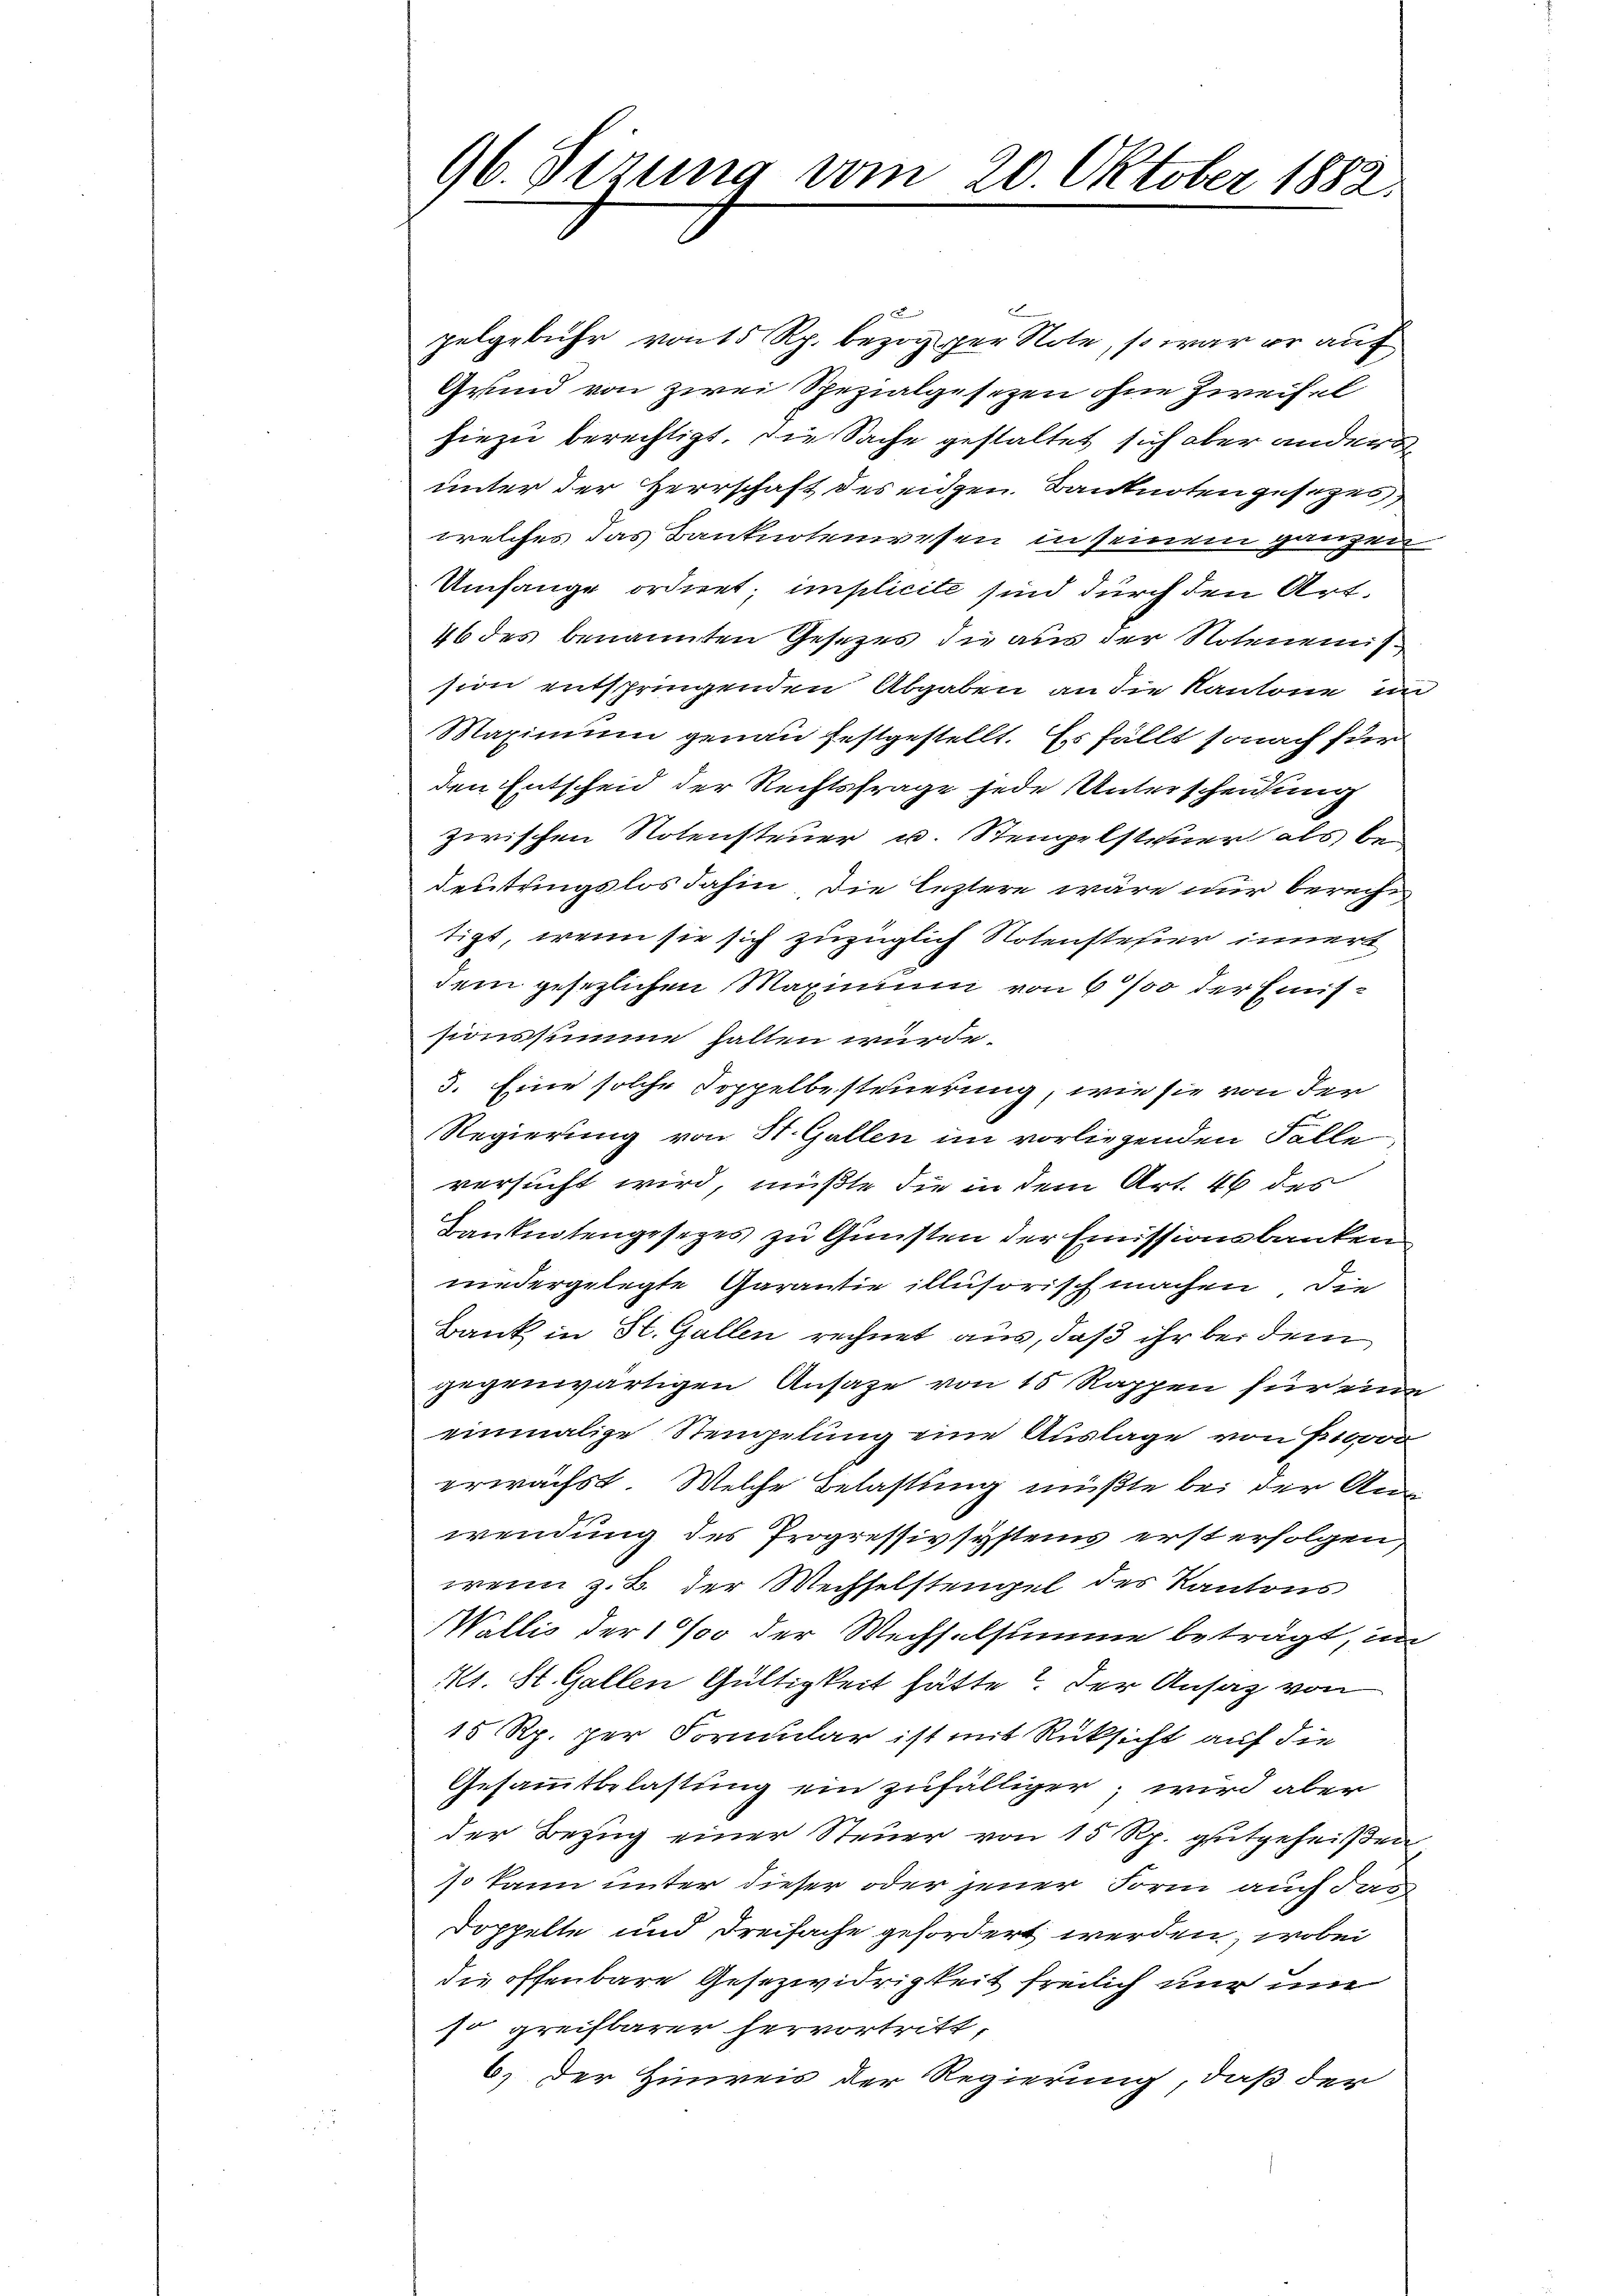
26. Sizung vom 20. Oktober 1882
.

c
pelgebühr von 15 Rp. bezog der Note, so war er auf
Grund von zwei Spezialgesezen ohne Zweifel
hiezu berechtigt. Die Sache gestaltet sich aber anders
unter der Herrschaft des eidgen. Banknoten gesezes,
welches das Banknotenwesen in seinem ganzen
Umfange ordnet; implicite sind durch den Art.
46 des benannten Gesetzes die aus der Notenen
sion entspringenden Abgaben an die Kantone, in
Maximum genau festgestellt. Es fällt sonach für
den Entscheid der Rechtsfrage jede Unterscheidung
zwischen Notensteuer u. Stempelsteuer als bedeutungslos dahin die leztere wäre nur berechn
tigt, wenn sie sich zuzüglich Notensteher innert
dem gesezlichen Maximum von 6 % der Emissionssumme halten würde.
3. Eine solche Doppelbesteuerung, wie sie von der
Regierung von St. Gallen im vorliegenden Falle,
versucht wird, mußte die in dem Art. 46 des
Kanknotengesezes zu Gunsten der Emissionsbanken
niedergelegte Garantie illusorisch machen die
Bank in St. Gallen rechnet aus, daß ihr bei dem
gegenwärtigen Ansage von 15 Rappen für eine
einmalige Stempelung eine Auslage von 10000
erwächst. Welche Belastung müßte bei der Au
wendung des Progressivsystems erst erfolgen,
wenn z. B. der Wechselstengel des Kantons
Wallis der 1 % der Wechselsumme beträgt, un
Kt. St. Gallen Gültigkeit hätte? Der Ansatz von
15 Rp. per Formular ist mit Rücksicht auf die
Gesammtbelastung ein zufälliger, wird aber
der Bezug einer Steuer von 15 Rp. gutgeheißen
so kann unter dieser oder jener Form auch das
Doppelte und Dreifache gefordert werden, wobei
die offenbare Gesezwidrigkeit freilich nur um
so greifbarer hervortritt,
6.) Der Hinweis der Regierung, daß der